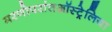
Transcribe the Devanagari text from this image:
मरणोपरांतऑस्ट्रेलिया